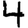
Digit: 4